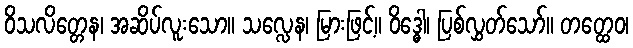
ဝိသလိတ္တေန၊ အဆိပ်လူးသော။ သလ္လေန၊ မြားဖြင့်။ ဝိဒ္ဓေါ၊ ပြစ်လွှတ်သော်။ တတ္ထေဝ၊